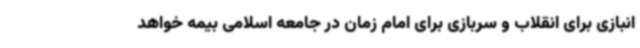
انبازی برای انقلاب و سربازی برای امام زمان در جامعه اسلامی بیمه خواهد